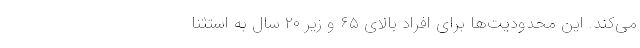
می‌کند. این محدودیت‌ها برای افراد بالای ۶۵ و زیر ۲۰ سال به استثنا